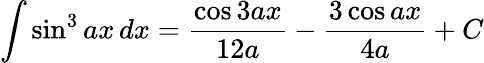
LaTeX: \int\sin^{3}{ax}\, dx={\frac{\cos 3ax}{12a}}-{\frac{3\cos ax}{4a}}+C